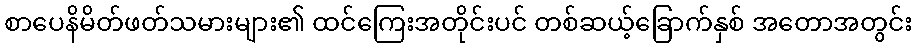
စာပေနိမိတ်ဖတ်သမားများ၏ ထင်ကြေးအတိုင်းပင် တစ်ဆယ့်ခြောက်နှစ် အတောအတွင်း